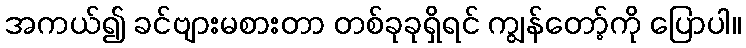
အကယ်၍ ခင်ဗျားမစားတာ တစ်ခုခုရှိရင် ကျွန်တော့်ကို ပြောပါ။